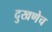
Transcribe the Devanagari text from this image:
दुखणेच